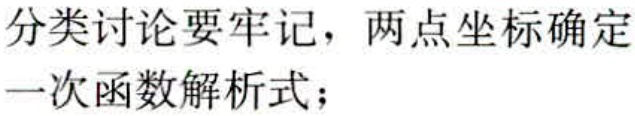
分类讨论要牢记，两点坐标确定一次函数解析式；